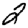
Digit: 2